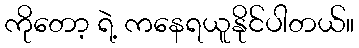
ကိုတော့ ရဲ့ ကနေရယူနိုင်ပါတယ်။